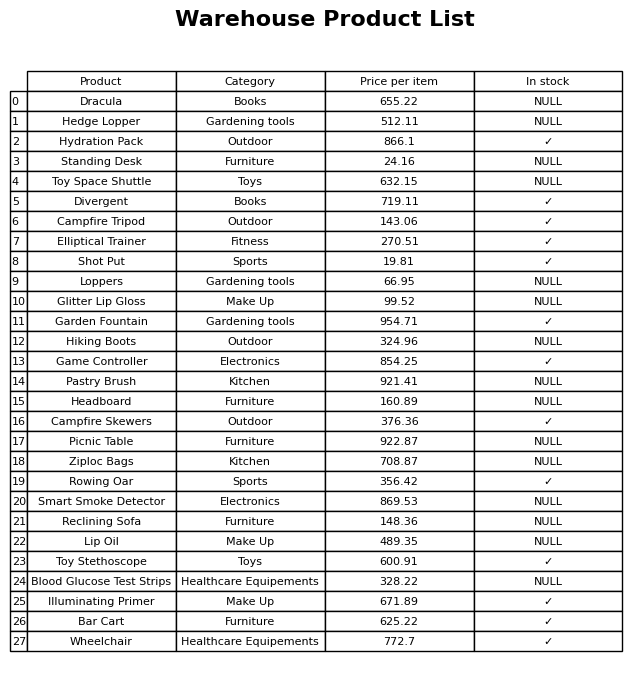
question: What is the price of the Shot Put?
answer: The price of Shot Put is 19.81.